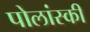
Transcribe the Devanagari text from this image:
पोलांस्की